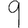
Digit: 9